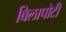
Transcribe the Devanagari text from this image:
बिलापोटी